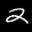
Label: 2